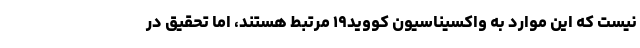
نیست که این موارد به واکسیناسیون کووید۱۹ مرتبط هستند، اما تحقیق در